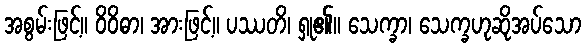
အစွမ်းဖြင့်။ ဝိဝိဓာ၊ အားဖြင့်။ ပဿတိ၊ ရှု၏။ သေက္ခာ၊ သေက္ခဟုဆိုအပ်သော